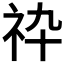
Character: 𥘧